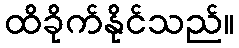
ထိခိုက်နိုင်သည်။